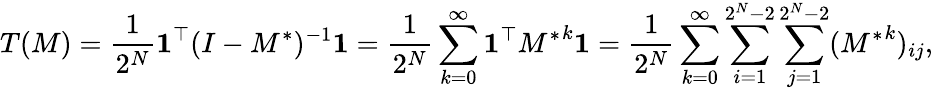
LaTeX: T(M)=\frac{1}{2^{N}}\mathbf{1}^{\top}(I-M^{\ast})^{-1}\mathbf{1}=\frac{1}{2^{N}}\sum_{k=0}^{\infty}\mathbf{1}^{\top}{M^{\ast}}^{k}\mathbf{1}=\frac{1}{2^{N}}\sum_{k=0}^{\infty}\sum_{i=1}^{2^{N}-2}\sum_{j=1}^{2^{N}-2}({M^{\ast}}^{k})_{ij},